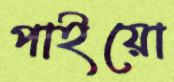
পাইয়ো